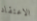
الاعتقاد